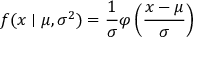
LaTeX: f ( x \mid \mu , \sigma ^ { 2 } ) = { \frac { 1 } { \sigma } } \varphi \left( { \frac { x - \mu } { \sigma } } \right)